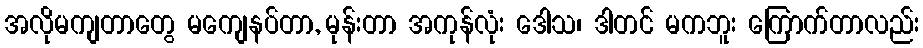
အလိုမကျတာတွေ မကျေနပ်တာ, မုန်းတာ အကုန်လုံး ဒေါသ၊ ဒါတင် မကဘူး ကြောက်တာလည်း